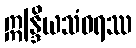
ဣန္ဒြိယသံဝရဿ